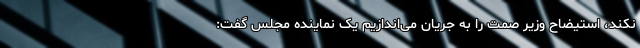
نکند، استیضاح وزیر صمت را به جریان می‌اندازیم یک نماینده مجلس گفت: